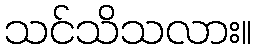
သင်သိသလား။